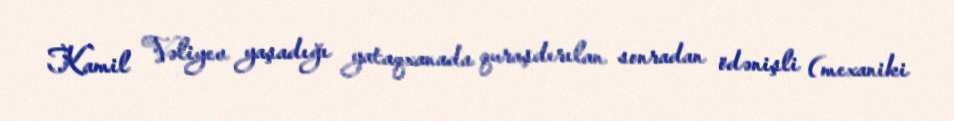
Kamil Vəliyev yaşadığı yataqxanada quraşdırılan sonradan ödənişli (mexaniki